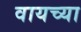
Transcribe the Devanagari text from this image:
वायच्या